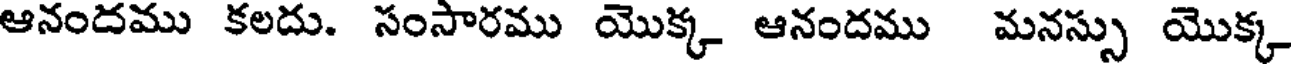
ఆనందము కలదు. సంసారము యొక్క ఆనందము మనస్సు యొక్క